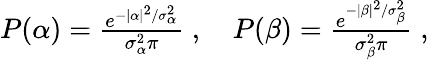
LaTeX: \begin{array}{r}{P(\alpha)=\frac{e^{-|\alpha|^{2}/\sigma_{\alpha}^{2}}}{\sigma_{\alpha}^{2}\pi}\; ,\quad P(\beta)=\frac{e^{-|\beta|^{2}/\sigma_{\beta}^{2}}}{\sigma_{\beta}^{2}\pi}\; ,}\end{array}